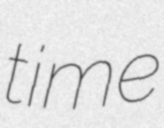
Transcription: time